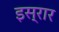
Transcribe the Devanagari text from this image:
इस्रार